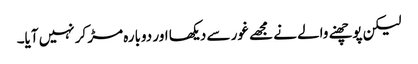
لیکن پوچھنے والے نے مجھے غور سے دیکھا اور دوبارہ مڑ کر نہیں آیا۔